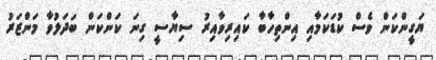
ޔަގީންކަން ވެސް ކުޑަކަމާއި އިންތިހާބާ ކައިރިވާއިރު ސިޔާސީ ގިނަ ކަންކަން ބަދަލުވާ މަންޒަރު